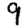
Digit: 9